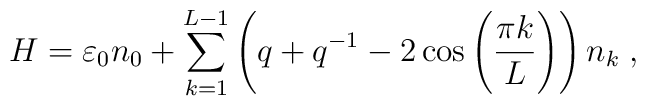
H = \varepsilon_0  n_0 + \sum^{L - 1}_{k = 1}\left( q + q^{-1} - 2 \cos \left( \frac{\pi k}{L} \right) \right) n_k \; ,